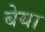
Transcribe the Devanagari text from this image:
बेया